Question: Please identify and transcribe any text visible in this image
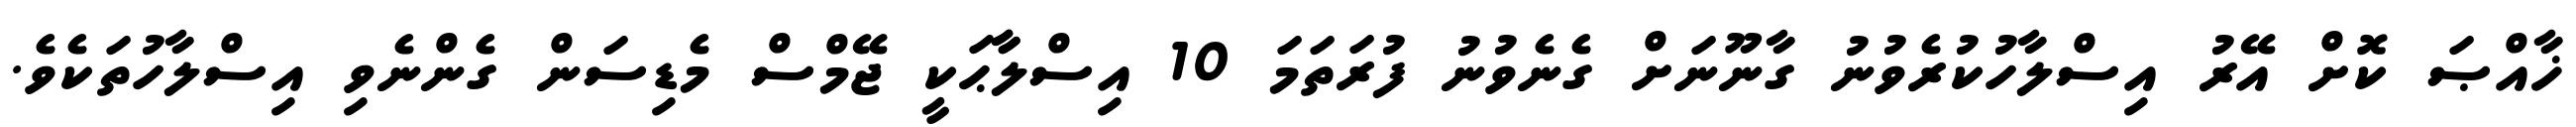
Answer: ޚާއްޞަ ކޮށް އޭރު އިސްލާހުކުރެވުނު ގާނޫނަށް ގެނެވުނު ފުރަތަމަ 10 އިސްލާާޙަކީ ޖޭމްސް މެޑިސަން ގެންނެވި އިސްލާހުތަކެވެ.